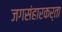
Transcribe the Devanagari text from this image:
जगसंहारकर्ता